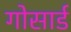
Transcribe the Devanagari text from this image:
गोसार्ड